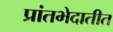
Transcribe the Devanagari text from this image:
प्रांतभेदातीत